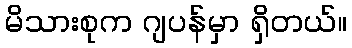
မိသားစုက ဂျပန်မှာ ရှိတယ်။